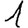
Digit: 1